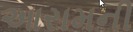
આરામની